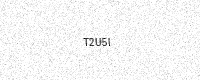
Text: T2U5I